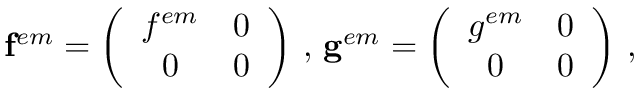
\mathbf { f } ^ { e m } = \left( \begin{array} { c c } { { f ^ { e m } } } & { { 0 } } \\ { { 0 } } & { { 0 } } \end{array} \right) \, , \, \mathbf { g } ^ { e m } = \left( \begin{array} { c c } { { g ^ { e m } } } & { { 0 } } \\ { { 0 } } & { { 0 } } \end{array} \right) \, ,